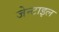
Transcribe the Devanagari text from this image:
जेन्टाइल